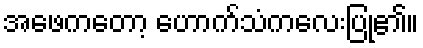
အဖေကတော့ ဟောက်သံကလေးပြု၏။